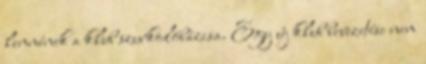
lennének a klub szurkolóbázisa. Egy új klub bevezetése nem